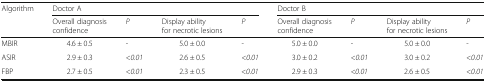
<table><thead><tr><td rowspan="2"><b>Algorithm</b></td><td colspan="4"><b>Doctor A</b></td><td colspan="4"><b>Doctor B</b></td></tr><tr><td><b>Overall diagnosis confidence</b></td><td><b><i>P</i></b></td><td><b>Display ability for necrotic lesions</b></td><td><b><i>P</i></b></td><td><b>Overall diagnosis confidence</b></td><td><b><i>P</i></b></td><td><b>Display ability for necrotic lesions</b></td><td><b><i>P</i></b></td></tr></thead><tbody><tr><td>MBIR</td><td>4.6 ± 0.5</td><td>-</td><td>5.0 ± 0.0</td><td>-</td><td>5.0 ± 0.0</td><td>-</td><td>5.0 ± 0.0</td><td>-</td></tr><tr><td>ASIR</td><td>2.9 ± 0.3</td><td>&lt;<i>0.01</i></td><td>2.6 ± 0.5</td><td>&lt;<i>0.01</i></td><td>3.0 ± 0.2</td><td>&lt;<i>0.01</i></td><td>3.0 ± 0.2</td><td>&lt;<i>0.01</i></td></tr><tr><td>FBP</td><td>2.7 ± 0.5</td><td>&lt;<i>0.01</i></td><td>2.3 ± 0.5</td><td>&lt;<i>0.01</i></td><td>2.9 ± 0.3</td><td>&lt;<i>0.01</i></td><td>2.6 ± 0.5</td><td>&lt;<i>0.01</i></td></tr></tbody></table>